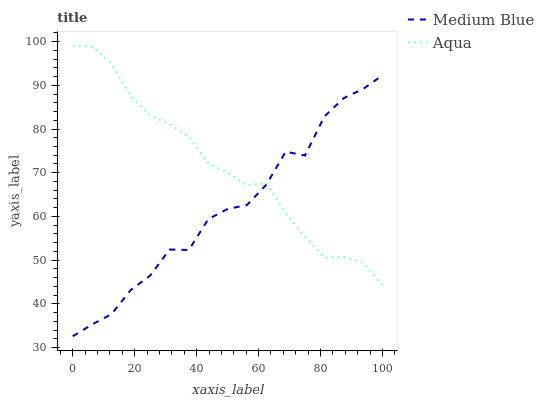
| xaxis_label | Medium Blue | Aqua |
 | --- | --- | --- |
 | 0 | 32.6 | 99 |
 | 6.25 | 35.3 | 98.9 |
 | 12.5 | 37.6 | 94.9 |
 | 18.8 | 43.2 | 87.5 |
 | 25 | 46.5 | 83 |
 | 31.2 | 52.4 | 81.1 |
 | 37.5 | 52.3 | 78.3 |
 | 43.8 | 59.4 | 72.2 |
 | 50 | 61.7 | 70 |
 | 56.2 | 62.6 | 67.1 |
 | 62.5 | 67.3 | 67.7 |
 | 68.8 | 74.8 | 60.7 |
 | 75 | 73.9 | 55.3 |
 | 81.2 | 82.9 | 50.6 |
 | 87.5 | 87.1 | 50.7 |
 | 93.8 | 89.2 | 49.4 |
 | 100 | 92.3 | 44.2 |